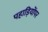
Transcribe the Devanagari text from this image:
पहाड़ियोंपर